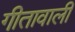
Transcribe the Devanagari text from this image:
गीतावाली